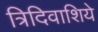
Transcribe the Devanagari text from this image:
त्रिदिवाशिये